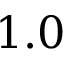
1 . 0